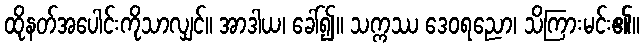
ထိုနတ်အပေါင်းကိုသာလျှင်။ အာဒါယ၊ ခေါ်၍။ သက္ကဿ ဒေဝရညော၊ သိကြားမင်း၏။